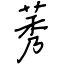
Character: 莠